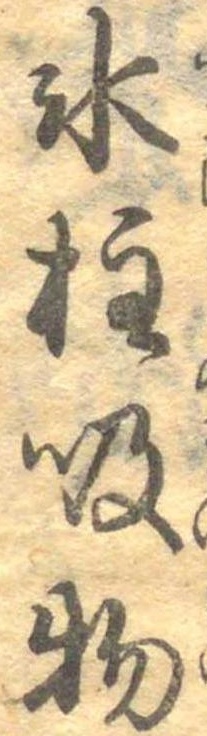
氷柱吸物